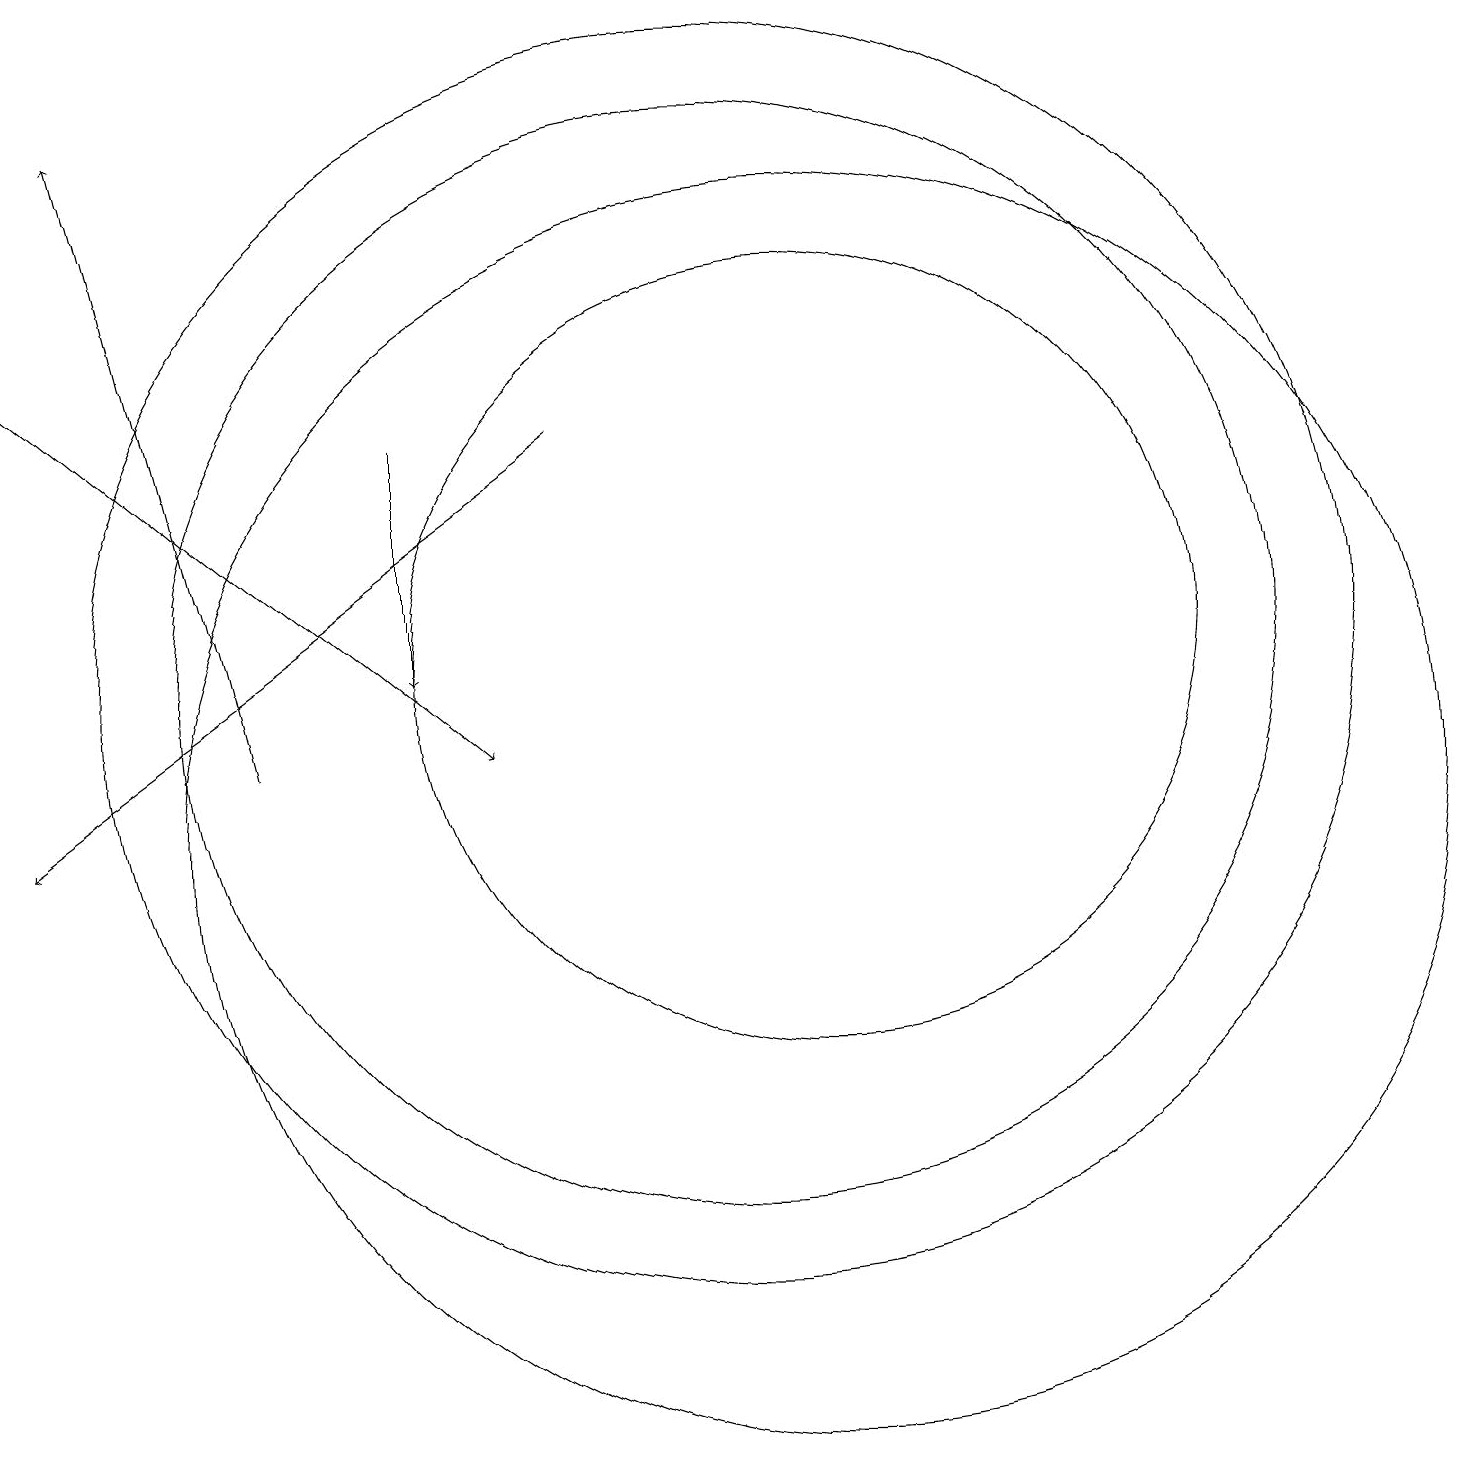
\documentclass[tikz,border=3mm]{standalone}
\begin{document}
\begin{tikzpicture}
\draw[->] (1,16) -- (7,11);
\draw (10,12) circle (7);
\draw[->] (6,15) -- (6,12);
\draw[->] (4,11) -- (2,19);
\draw (11,10) circle (8);
\draw (11,12) circle (5);
\draw[->] (8,15) -- (1,10);
\draw (10,12) circle (8);
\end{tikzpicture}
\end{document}